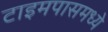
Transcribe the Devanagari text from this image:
टाइमपासमध्ये